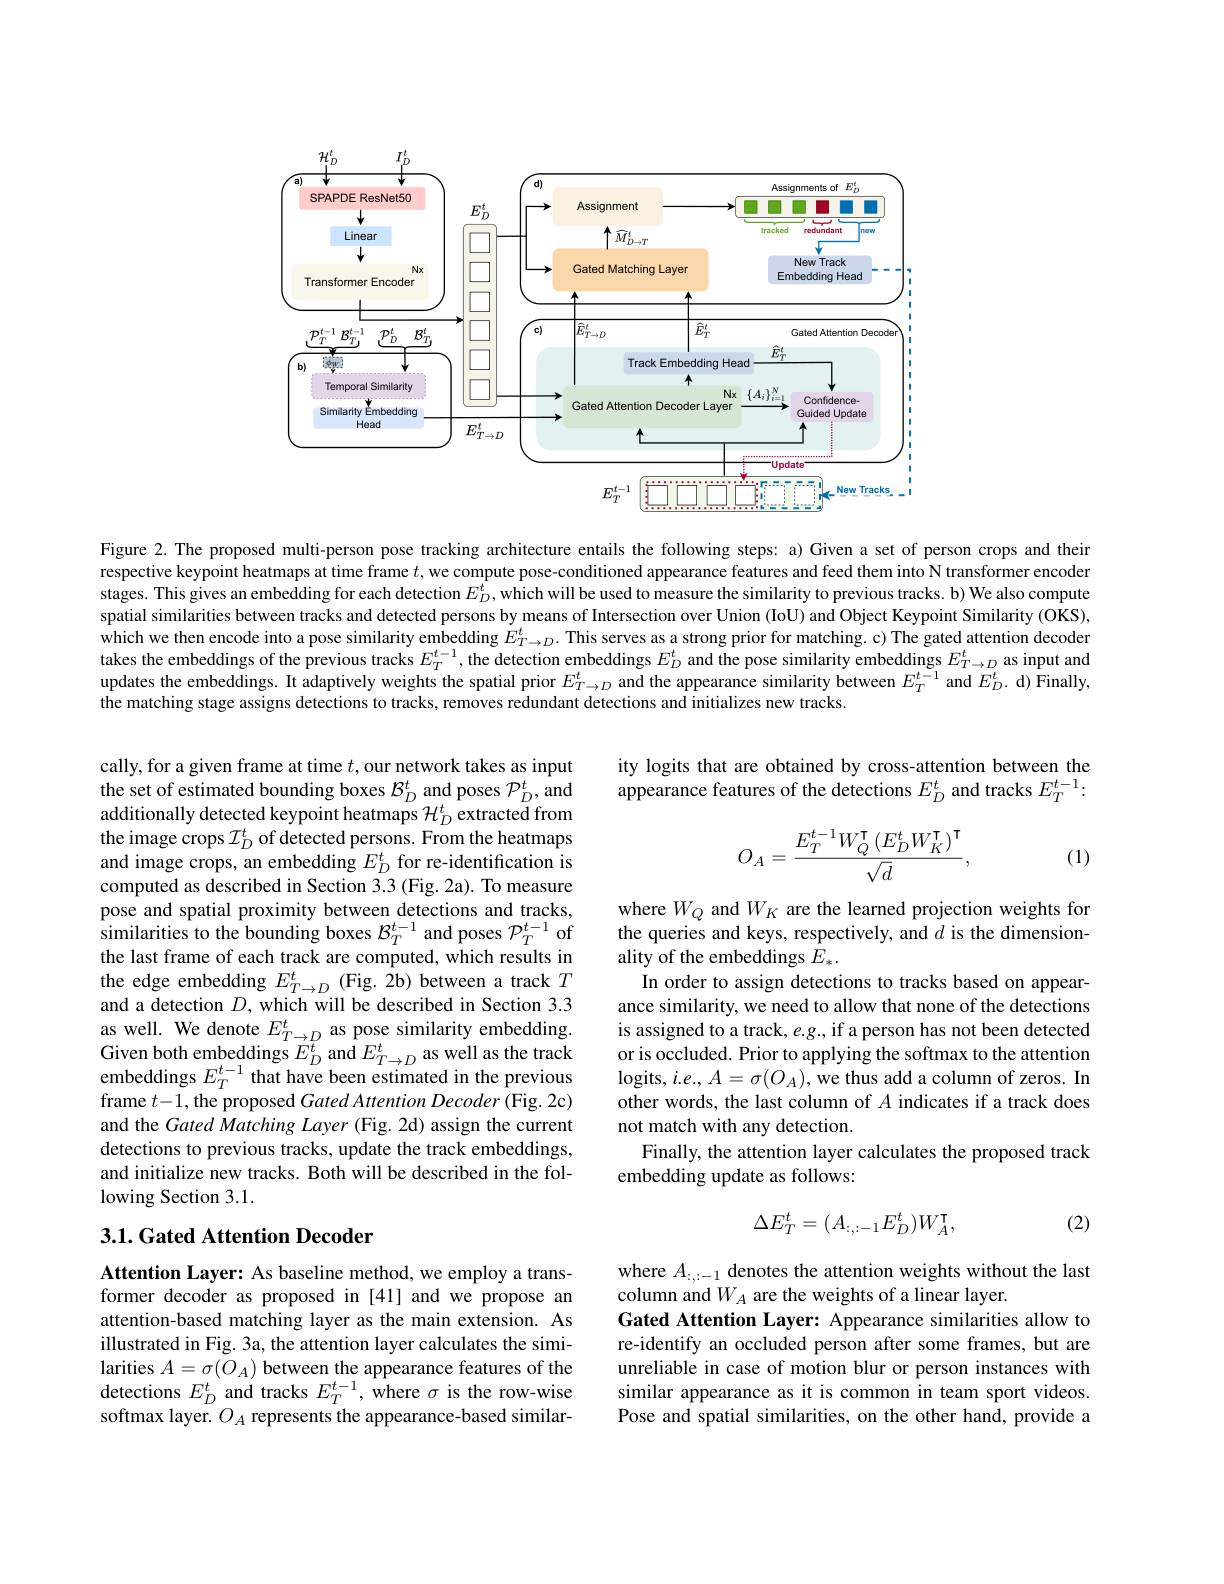
<FigureHere>

Figure 2. The proposed multi-person pose tracking architecture entails the following steps: a) Given a set of person crops and their respective keypoint heatmaps at time frame $t$, we compute pose-conditioned appearance features and feed them into N transformer encoder stages. This gives an embedding for each detection $E_D^t$, which will be used to measure the similarity to previous tracks. b) We also compute spatial similarities between tracks and detected persons by means of Intersection over Union (IoU) and Object Keypoint Similarity (OKS), which we then encode into a pose similarity embedding $E_{T\to D}^t.$ This serves as a strong prior for matching. c) The gated attention decoder takes the embeddings of the previous tracks $E_T^{t-1}$, the detection embeddings $E_D^t$ and the pose similarity embeddings $E_{T\to D}^t$ as input and updates the embeddings. It adaptively weights the spatial prior $E_{T\to D}^t$ and the appearance similarity between $E_T^{t-1}$ and $E_D^t.$ d) Finally, the matching stage assigns detections to tracks, removes redundant detections and initializes new tracks.

ity logits that are obtained by cross-attention between the appearance features of the detections $E_D^t$ and tracks $E_T^{t-1}:$
$$O_A=\frac{E_T^{t-1}W_Q^\intercal\left(E_D^tW_K^\intercal\right)^\intercal}{\sqrt{d}},$$
(1)

cally, for a given frame at time $t$,our network takes as input the set of estimated bounding boxes $\mathcal{B}_D^t$ and poses $\mathcal{P}_D^t$,and additionally detected keypoint heatmaps $\mathcal{H}_D^t$ extracted from the image crops $\mathcal{I}_D^t$ of detected persons. From the heatmaps and image crops, an embedding $E_D^t$ for re-identification is computed as described in Section 3.3 (Fig. 2a). To measure pose and spatial proximity between detections and tracks, similarities to the bounding boxes $\mathcal{B}_T^{t-1}$ and poses $\mathcal{P}_T^{t-1}$ of the last frame of each track are computed, which results in the edge embedding $E_T\to D^t$ (Fig. $\hat{2}$b) between a track $T$ and a detection $D$, which will be described in Section 3.3 as well. We denote $E_T\to D^t$ as pose similarity embedding. Given both embeddings $E_D^t$ and $E_T\to D^t$ as well as the track embeddings $E_T^{t-1}$ that have been estimated in the previous frame $t-1$, the proposed Gated Attention Decoder (Fig. 2c) and the Gated Matching Layer (Fig. 2d) assign the current detections to previous tracks, update the track embeddings, and initialize new tracks. Both will be described in the following Section 3.1.

where $W_Q$ and $W_K$ are the learned projection weights for the queries and keys, respectively, and $d$ is the dimensionality of the embeddings $E_*.$
In order to assign detections to tracks based on appearance similarity, we need to allow that none of the detections is assigned to a track, e.g., if a person has not been detected or is occluded. Prior to applying the softmax to the attention logits, $i.e.,A=\sigma(O_{A})$, we thus add a column of zeros. In other words, the last column of $A$ indicates if a track does not match with any detection.
Finally, the attention layer calculates the proposed track
embedding update as follows:

(2)
$$\Delta E_{T}^{t}=(A_{:,:-1}E_{D}^{t})W_{A}^{\intercal},$$
### 3.1. Gated Attention Decoder

where $A_{:,:-1}$ denotes the attention weights without the last
column and $W_A$ are the weights of a linear layer.
Gated Attention Layer: Appearance similarities allow to re-identify an occluded person after some frames, but are unreliable in case of motion blur or person instances with similar appearance as it is common in team sport videos. Pose and spatial similarities, on the other hand, provide a

Attention Layer: As baseline method, we employ a transformer decoder as proposed in [41] and we propose an attention-based matching layer as the main extension. As illustrated in Fig. 3a, the attention layer calculates the similarities $A=\sigma(O_{A})$ between the appearance features of the detections $E_D^{t}$ and tracks $E_T^{t-1}$, where $\sigma$ is the row-wise softmax layer. $O_A$ represents the appearance-based similar-